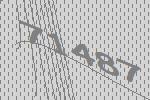
71487